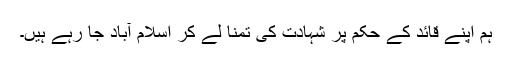
ہم اپنے قائد کے حکم پر شہادت کی تمنا لے کر اسلام آباد جا رہے ہیں۔